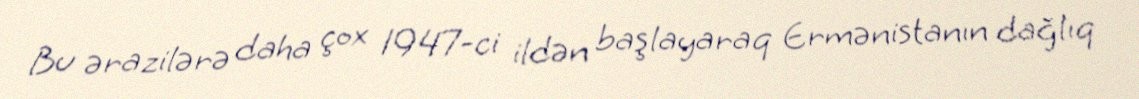
Bu ərazilərə daha çox 1947-ci ildən başlayaraq Ermənistanın dağlıq